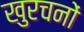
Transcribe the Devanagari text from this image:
खुरचनों